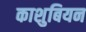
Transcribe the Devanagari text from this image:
काशुबियन